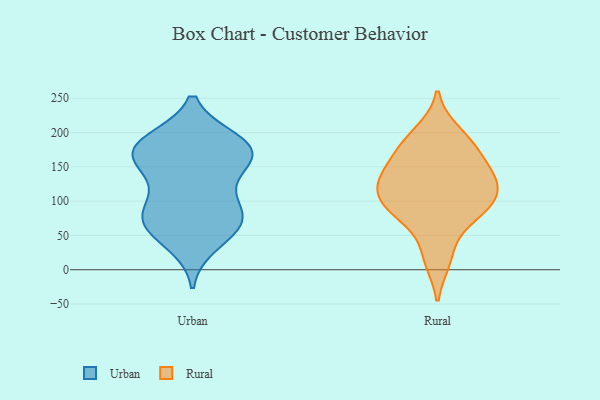
{"axis": {"x": "Humidity (%)", "y": "Value"}, "legend": ["Rural", "Urban"], "data": [{"x": "", "y": 177, "type": "Urban"}, {"x": "", "y": 179, "type": "Urban"}, {"x": "", "y": 67, "type": "Urban"}, {"x": "", "y": 175, "type": "Urban"}, {"x": "", "y": 142, "type": "Urban"}, {"x": "", "y": 81, "type": "Urban"}, {"x": "", "y": 39, "type": "Urban"}, {"x": "", "y": 61, "type": "Urban"}, {"x": "", "y": 74, "type": "Urban"}, {"x": "", "y": 182, "type": "Urban"}, {"x": "", "y": 161, "type": "Urban"}, {"x": "", "y": 104, "type": "Urban"}, {"x": "", "y": 82, "type": "Urban"}, {"x": "", "y": 187, "type": "Urban"}, {"x": "", "y": 158, "type": "Urban"}, {"x": "", "y": 71, "type": "Rural"}, {"x": "", "y": 170, "type": "Rural"}, {"x": "", "y": 130, "type": "Rural"}, {"x": "", "y": 121, "type": "Rural"}, {"x": "", "y": 186, "type": "Rural"}, {"x": "", "y": 192, "type": "Rural"}, {"x": "", "y": 200, "type": "Rural"}, {"x": "", "y": 20, "type": "Rural"}, {"x": "", "y": 15, "type": "Rural"}, {"x": "", "y": 82, "type": "Rural"}, {"x": "", "y": 128, "type": "Rural"}, {"x": "", "y": 86, "type": "Rural"}, {"x": "", "y": 151, "type": "Rural"}, {"x": "", "y": 96, "type": "Rural"}, {"x": "", "y": 92, "type": "Rural"}, {"x": "", "y": 115, "type": "Rural"}, {"x": "", "y": 167, "type": "Rural"}, {"x": "", "y": 140, "type": "Rural"}, {"x": "", "y": 100, "type": "Rural"}, {"x": "", "y": 129, "type": "Rural"}]}